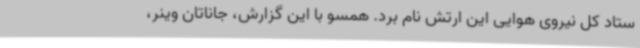
ستاد کل نیروی هوایی این ارتش نام برد. همسو با این گزارش، جاناتان وینر،